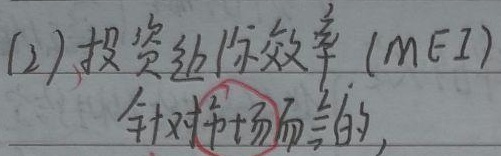
(2) 投资边际效率 (\(MEI\))针对市场而言的，